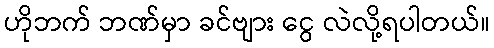
ဟိုဘက် ဘဏ်မှာ ခင်ဗျား ငွေ လဲလို့ရပါတယ်။